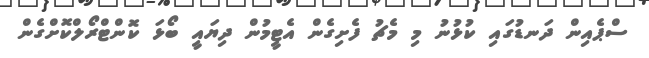
ސްޕެއިން ދަނޑުގައި ކުޅުނު މި މެޗު ފެށިގެން އެޓީމުން ދިޔައީ ބޯޅަ ކޮންޓްރޯލްކޮށްގެން